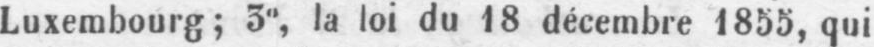
Luxembourg; 3°, la loi du 18 décembre 1855, qui